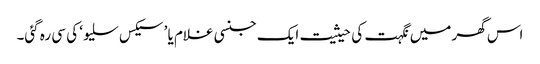
اس گھر میں نگہت کی حیثیت ایک جنسی غلام یا ’سیکس سلیو‘ کی سی رہ گئی۔